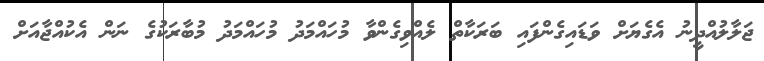
ޖަލާލުއްދީނު އެގެޔަށް ވަޑައިގެންފައި ބަރަކާތް ލެއްވިގެންވާ މުހައްމަދު މުހައްމަދު މުބާރަކުގެ ނަން އެކުއްޖާއަށް